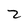
Character: 2